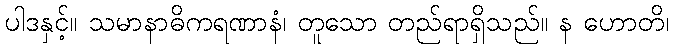
ပါဒနှင့်။ သမာနာဓိကရဏာနံ၊ တူသော တည်ရာရှိသည်။ န ဟောတိ၊